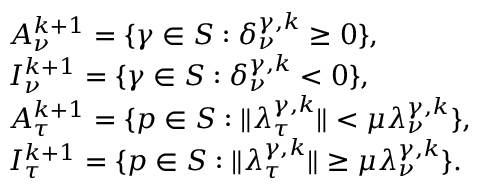
\begin{array} { r l } & { { \cal A } _ { \nu } ^ { k + 1 } = \{ \gamma \in { \cal S } : \delta _ { \nu } ^ { \gamma , k } \geq 0 \} , } \\ & { { \cal I } _ { \nu } ^ { k + 1 } = \{ \gamma \in { \cal S } : \delta _ { \nu } ^ { \gamma , k } < 0 \} , } \\ & { { \cal A } _ { \tau } ^ { k + 1 } = \{ p \in { \cal S } : \| \boldsymbol \lambda _ { \tau } ^ { \gamma , k } \| < \mu \lambda _ { \nu } ^ { \gamma , k } \} , } \\ & { { \cal I } _ { \tau } ^ { k + 1 } = \{ p \in { \cal S } : \| \boldsymbol \lambda _ { \tau } ^ { \gamma , k } \| \ge \mu \lambda _ { \nu } ^ { \gamma , k } \} . } \end{array}